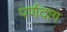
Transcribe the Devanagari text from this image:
पर्णदाग